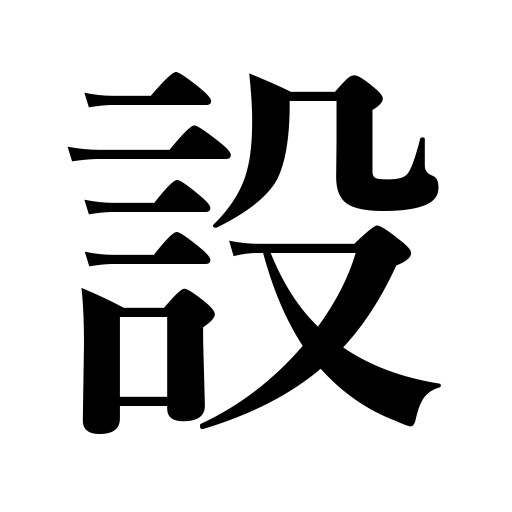
Meanings: get a child,prepare,organize,provide,found,set up,enact,establish,lay down rules